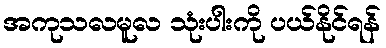
အကုသလမူလ သုံးပါးကို ပယ်နိုင်ရန်